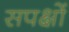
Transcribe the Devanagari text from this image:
सपक्षों